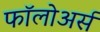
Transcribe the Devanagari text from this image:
फॉलोअर्स